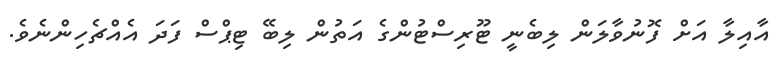
އާއިލާ އަށް ފޮނުވާލަން ލިބެނީ ޓޫރިސްޓުންގެ އަތުން ލިބޭ ޓިޕްސް ފަދަ އެއްޗެހިންނެވެ.